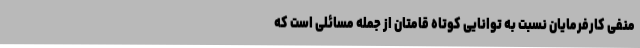
منفی کارفرمایان نسبت به توانایی کوتاه قامتان از جمله مسائلی است که